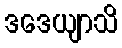
ဒဒေယျာသိ